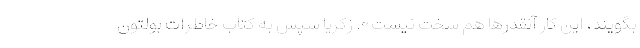
بگویند، این کار آنقدرها هم سخت نیست». زکریا سپس به کتاب خاطرات بولتون